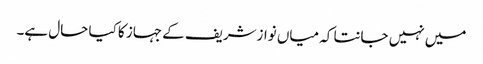
میں نہیں جانتا کہ میاں نوازشریف کے جہاز کا کیا حال ہے۔